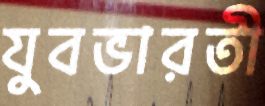
যুবভারতী